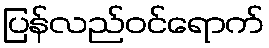
ပြန်လည်ဝင်ရောက်